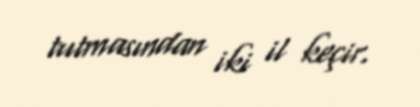
tutmasından iki il keçir.